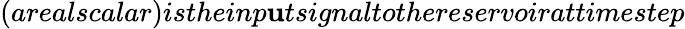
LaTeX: (arealscalar)istheinp\mathbf{u}tsignaltothereservoirattimestep